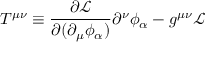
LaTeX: T ^ { \mu \nu } \equiv { \frac { \partial { \mathcal { L } } } { \partial ( \partial _ { \mu } \phi _ { \alpha } ) } } \partial ^ { \nu } \phi _ { \alpha } - g ^ { \mu \nu } { \mathcal { L } }